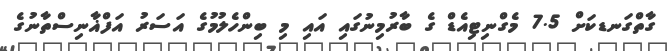
ގާތްގަނޑކަށް 7.5 މެގްނިޓިއެޑް ގެ ބާރުމިނުގައި އައި މި ބިންހެލުމުގެ އަސަރު އަފްޣާނިސްތާނުގެ